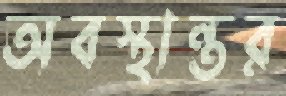
অবস্থান্তর